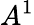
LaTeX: A^{1}